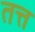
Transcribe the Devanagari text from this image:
तत्त